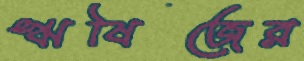
ঋষিজের